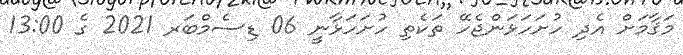
މަޤާމަށް އެދި ހުށަހަޅަންޖެހޭ ތަކެތި ހުށަހަޅާނީ 06 ޑިސެމްބަރ 2021 ގެ 13:00